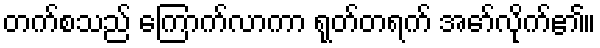
တက်စသည် ကြောက်လာကာ ရုတ်တရက် အော်လိုက်၏။